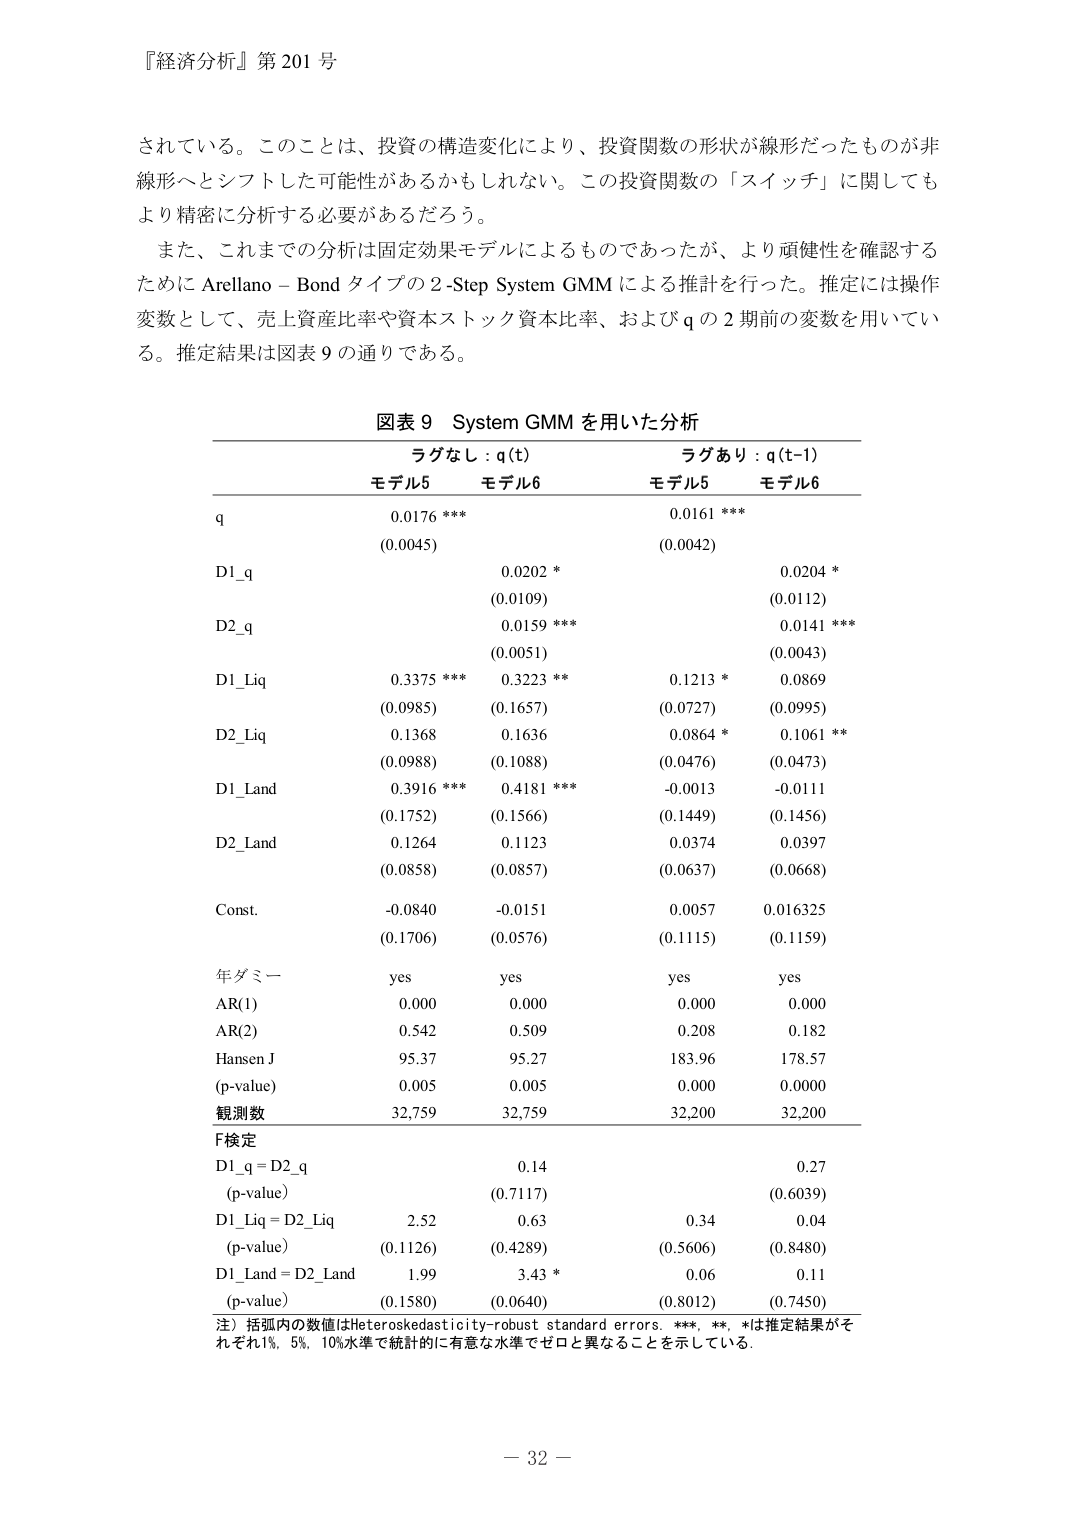
『経済分析』第 201 号

されている。このことは、投資の構造変化により、投資関数の形状が線形だったものが非線形へとシフトした可能性があるかもしれない。この投資関数の「スイッチ」に関してもより精密に分析する必要があるだろう。

また、これまでの分析は固定効果モデルによるものであったが、より頑健性を確認するために Arellano - Bond タイプの 2-Step System GMM による推計を行った。推定には操作変数として、売上資産比率や資本ストック資本比率、および q の 2 期前の変数を用いている。推定結果は図表 9 の通りである。

図表 9 System GMM を用いた分析

ラグなし : q(t)　　　　　　　ラグあり : q(t-1)
モデル5　　　モデル6　　　　　モデル5　　　モデル6

q　　　　　0.0176 ***　　　　　0.0161 ***
　　　　　(0.0045)　　　　　　(0.0042)

D1_q　　　　　　　0.0202 *　　　　　　　0.0204 *
　　　　　　　　　(0.0109)　　　　　　　(0.0112)

D2_q　　　　　　　0.0159 ***　　　　　　0.0141 ***
　　　　　　　　　(0.0051)　　　　　　　(0.0043)

D1_Liq　　　0.3375 ***　　　0.3223 **　　　0.1213 *　　　0.0869
　　　　　(0.0985)　　　　(0.1657)　　　(0.0727)　　　(0.0995)

D2_Liq　　　0.1368　　　　0.1636　　　　0.0864 *　　　0.1061 **
　　　　　(0.0988)　　　　(0.1088)　　　(0.0476)　　　(0.0473)

D1_Land　　　0.3916 ***　　　0.4181 ***　　　-0.0013　　　-0.0111
　　　　　(0.1752)　　　　(0.1566)　　　(0.1449)　　　(0.1456)

D2_Land　　　0.1264　　　　0.1123　　　　0.0374　　　　0.0397
　　　　　(0.0858)　　　　(0.0857)　　　(0.0637)　　　(0.0668)

Const.　　　-0.0840　　　　-0.0151　　　　0.0057　　　　0.016325
　　　　　(0.1706)　　　　(0.0576)　　　(0.1115)　　　(0.1159)

年ダミー　　　yes　　　　　yes　　　　　yes　　　　　yes

AR(1)　　　　0.000　　　　　0.000　　　　　0.000　　　　　0.000

AR(2)　　　　0.542　　　　　0.509　　　　　0.208　　　　　0.182

Hansen J　　　95.37　　　　　95.27　　　　　183.96　　　　　178.57

(p-value)　　　0.005　　　　　0.005　　　　　0.000　　　　　0.0000

観測数　　　　32,759　　　　　32,759　　　　　32,200　　　　　32,200

F検定

D1_q = D2_q　　　　　　　　　　　　　　　　　　　　　　　0.14